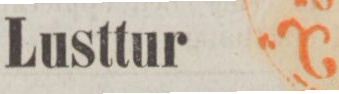
Lusttur